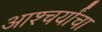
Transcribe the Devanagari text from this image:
आश्चर्यांचा